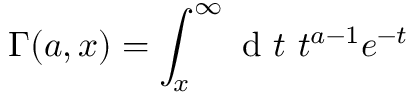
\Gamma ( a , x ) = \int _ { x } ^ { \infty } \mathrm { ~ d ~ } t \ t ^ { a - 1 } e ^ { - t }